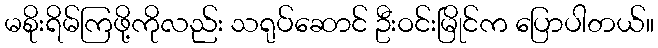
မစိုးရိမ်ကြဖို့ကိုလည်း သရုပ်ဆောင် ဦးဝင်းမြိုင်က ပြောပါတယ်။